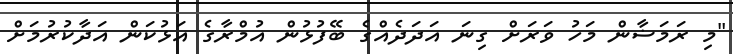
"މި ރަމަޟާން މަހު ވަރަށް ގިނަ އަދަދެއްގެ ބޭފުޅުން އުމްރާގެ އަޅުކަން އަދާކުރުމަށް